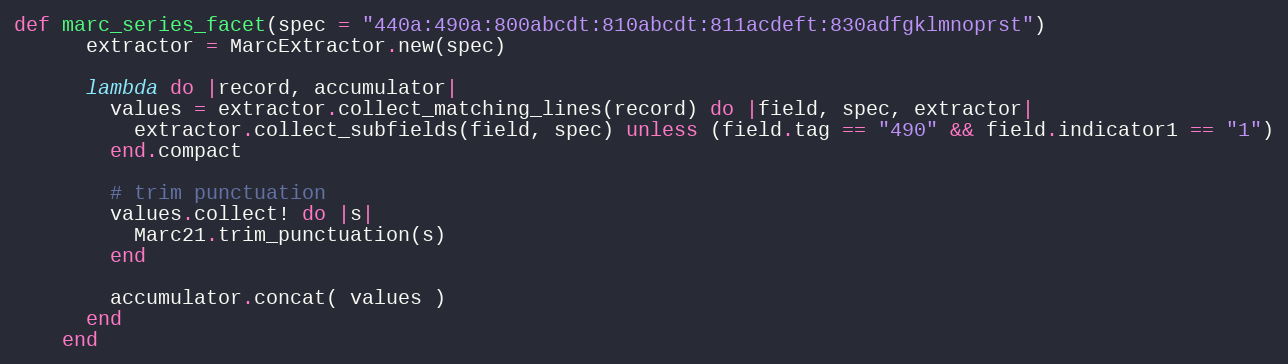
Language: Ruby
def marc_series_facet(spec = "440a:490a:800abcdt:810abcdt:811acdeft:830adfgklmnoprst")
      extractor = MarcExtractor.new(spec)

      lambda do |record, accumulator|
        values = extractor.collect_matching_lines(record) do |field, spec, extractor|
          extractor.collect_subfields(field, spec) unless (field.tag == "490" && field.indicator1 == "1")
        end.compact

        # trim punctuation
        values.collect! do |s|
          Marc21.trim_punctuation(s)
        end

        accumulator.concat( values )
      end
    end